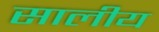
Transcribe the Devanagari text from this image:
सालीय